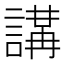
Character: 𧪸